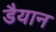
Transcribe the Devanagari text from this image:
डैयान